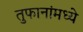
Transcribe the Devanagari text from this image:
तुफानांमध्ये